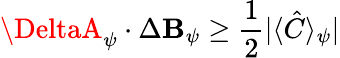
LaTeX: \DeltaA_{\psi}\cdot\Delta\mathbf{B}_{\psi}\geq\frac{{1}}{{2}}|\langle\hat{{C}}\rangle_{\psi}|